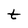
Character: t